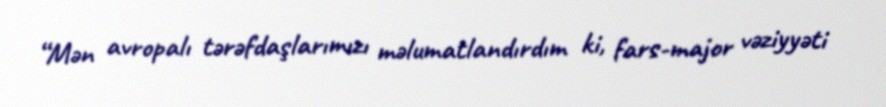
“Mən avropalı tərəfdaşlarımızı məlumatlandırdım ki, fars-major vəziyyəti